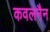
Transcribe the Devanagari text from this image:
कवलनैन